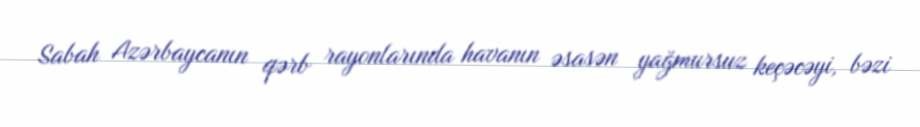
Sabah Azərbaycanın qərb rayonlarında havanın əsasən yağmursuz keçəcəyi, bəzi